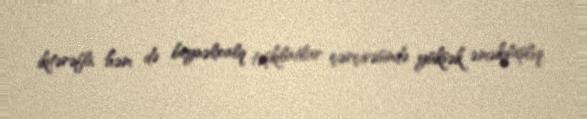
ikitərəfli, həm də beynəlxalq təşkilatlar çərçivəsində yüksək əməkdaşlıq